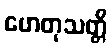
ဟေတုသတ္တိ